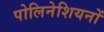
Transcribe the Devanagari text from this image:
पोलिनेशियनों